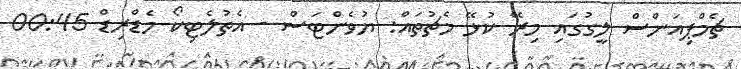
ޗެމްޕިއަންސް ލީގުގައި މިރޭ ކުޅޭ މެޗުތައް: ޔުވެންޓަސް - އެތުލެޓިކޯ މެޑްރިޑް 00:45